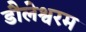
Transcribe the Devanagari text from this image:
डौलेश्वरम